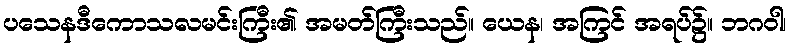
ပသေနဒီကောသလမင်းကြီး၏ အမတ်ကြီးသည်။ ယေန၊ အကြင် အရပ်၌။ ဘဂဝါ၊